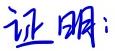
证明：